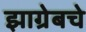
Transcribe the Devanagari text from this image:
झाग्रेबचे